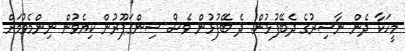
މީހަކާ ދެން ނާސިރުގެ ދެބޭފުޅުން. ދެ ބޭފުޅުން ވެސް ސިންގަޕޫރުން ކިޔެވުން ނިންމެވުމަށް